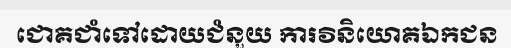
ជោគជាំទៅដោយជំនួយ ការវិនិយោគឯកជន